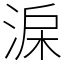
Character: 淭